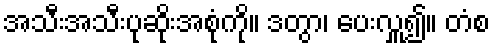
အသီးအသီးပုဆိုးအစုံကို။ ဒတွာ၊ ပေးလှူ၍။ တံစ